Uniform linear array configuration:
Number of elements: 8
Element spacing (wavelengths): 0.25
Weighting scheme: kaiser
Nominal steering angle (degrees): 60
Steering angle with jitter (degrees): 58.068
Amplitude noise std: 0.05
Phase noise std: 0.05

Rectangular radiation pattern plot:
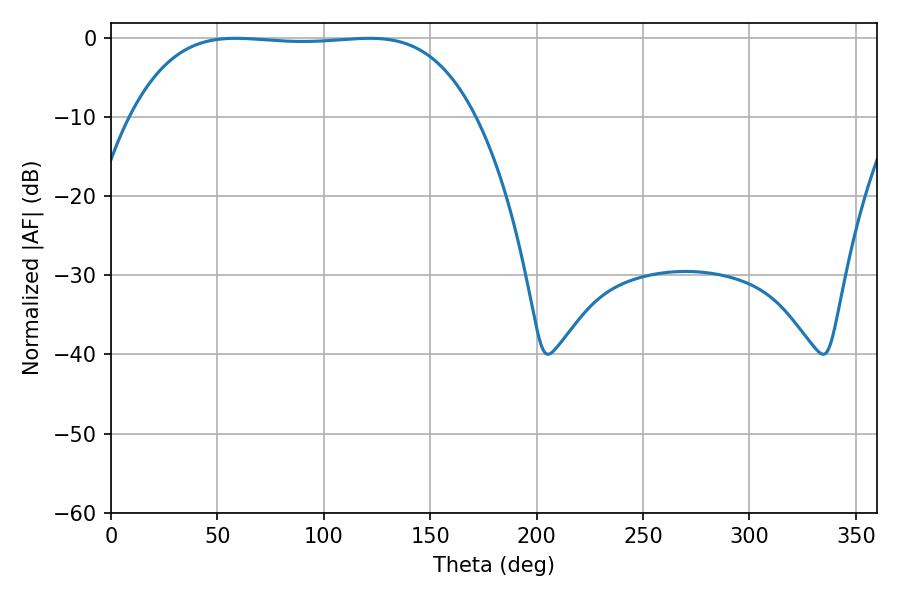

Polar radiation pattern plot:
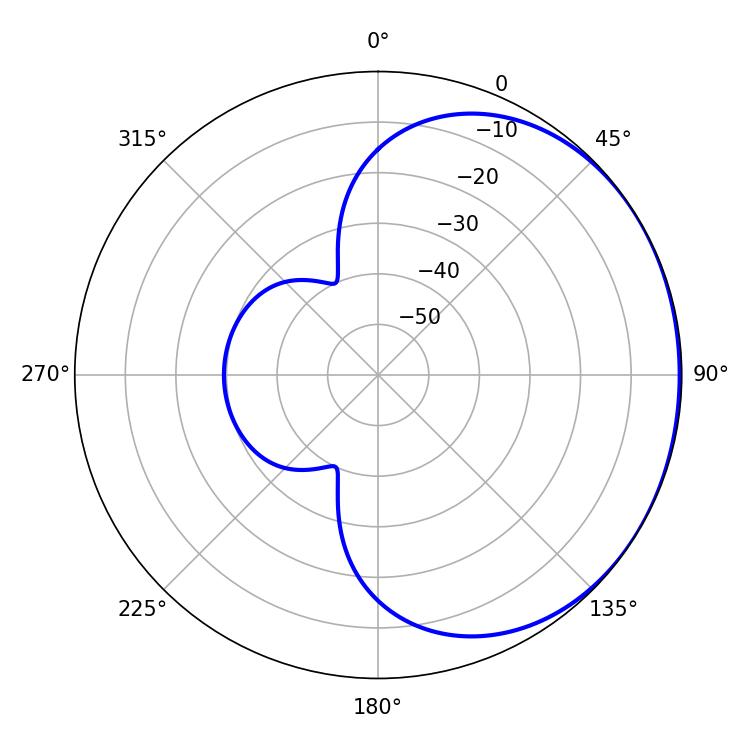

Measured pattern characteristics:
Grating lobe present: FALSE
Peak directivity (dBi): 0.7349
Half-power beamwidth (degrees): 126
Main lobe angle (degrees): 58.5